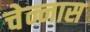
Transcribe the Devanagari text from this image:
चेन्नास